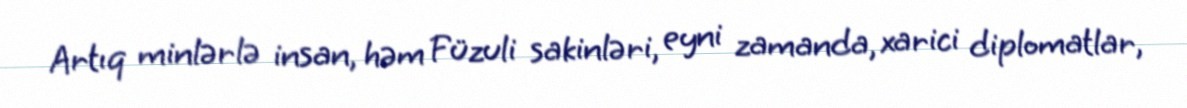
Artıq minlərlə insan, həm Füzuli sakinləri, eyni zamanda, xarici diplomatlar,